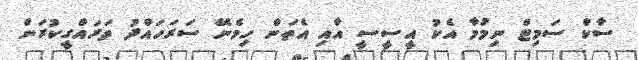
ސާކް ސަމިޓް ނިމުމާ އެކު އީސީސީ އާއި އެތަން ހިމެނޭ ސަރަހައްދު ތަރައްގީކުރަން